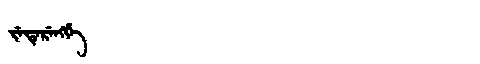
Manchu: ᠵᡝᡨᡝᡵᡝᠩᡤᡝ
Romanization: JETERENGGE